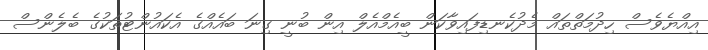
އިއްޔެވެސް ހިދުމަތްތައް މެދުކެނޑިފައިވާކަން ބީއެމްއެލް އިން ބުނީ ގިނަ ބައެއްގެ އެކައުންޓުތަކުގެ ބެލެންސް